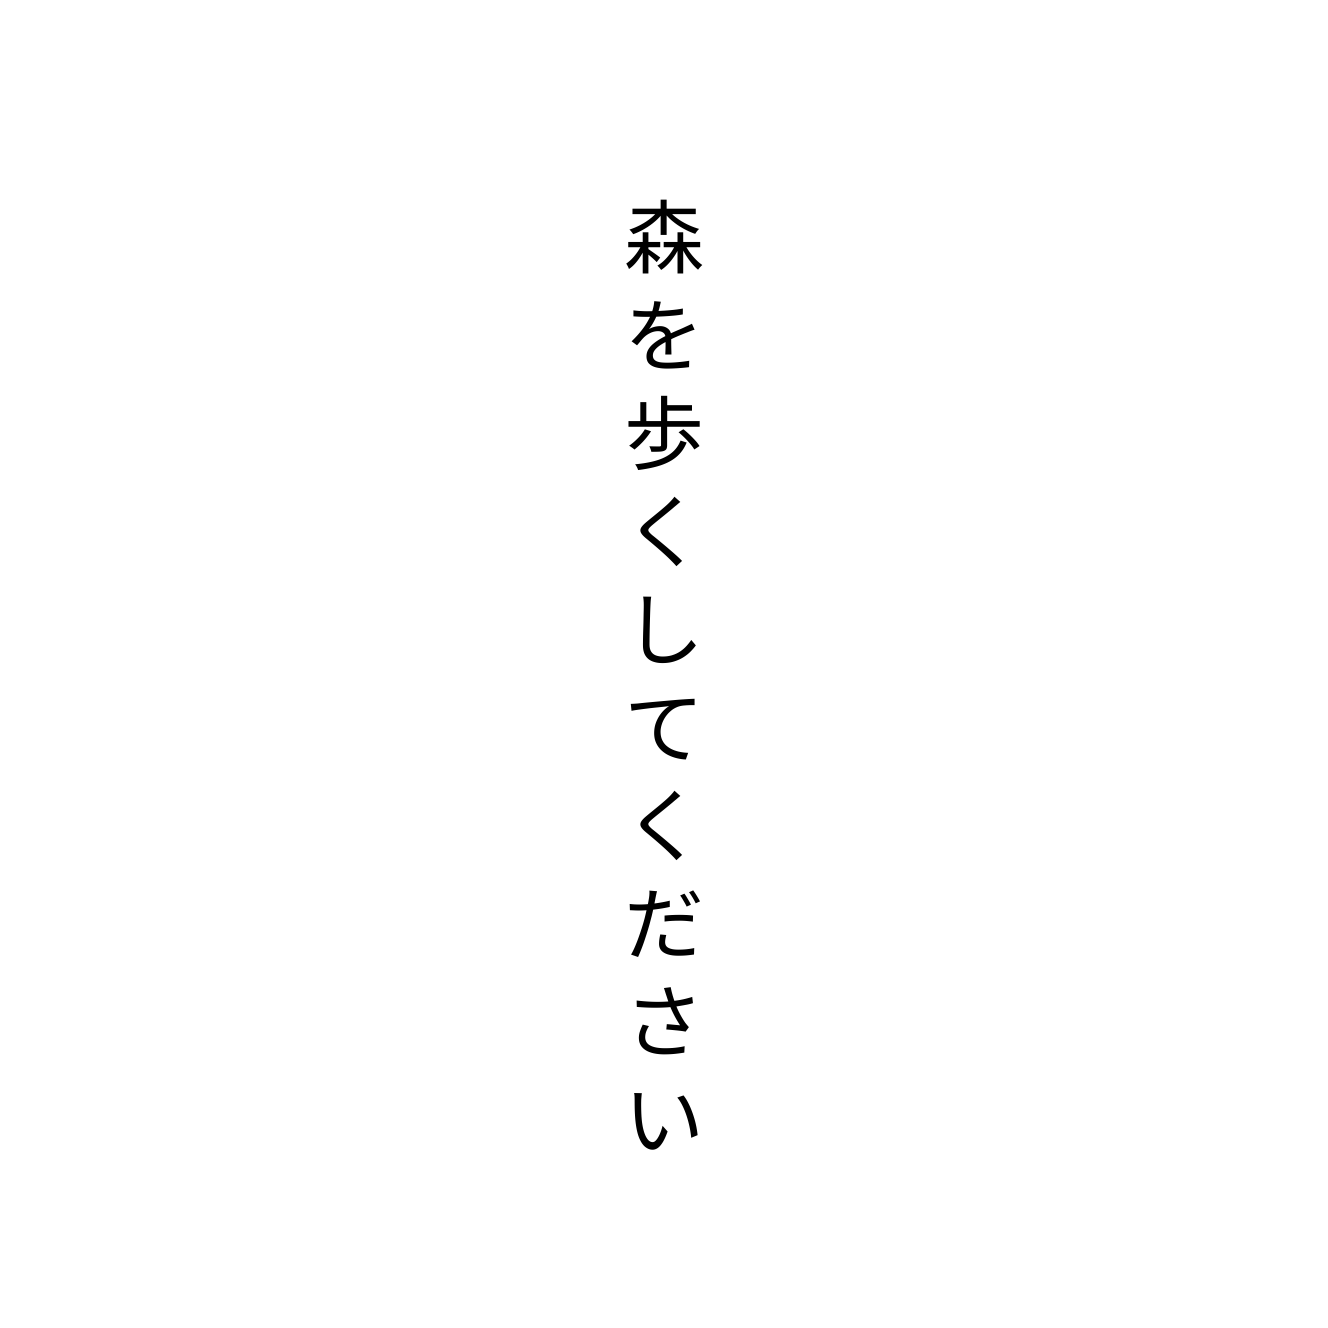
森を歩くしてください